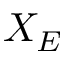
X _ { E }